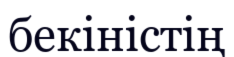
бекіністің